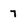
Character: 7